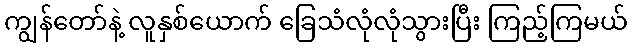
ကျွန်တော်နဲ့ လူနှစ်ယောက် ခြေသံလုံလုံသွားပြီး ကြည့်ကြမယ်